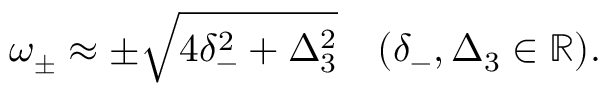
\omega _ { \pm } \approx \pm \sqrt { 4 \delta _ { - } ^ { 2 } + \Delta _ { 3 } ^ { 2 } } \quad ( \delta _ { - } , \Delta _ { 3 } \in \mathbb { R } ) .